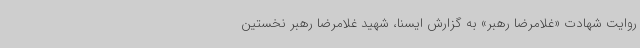
روایت شهادت «غلامرضا رهبر» به گزارش ایسنا،‌ شهید غلامرضا رهبر نخستین